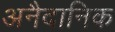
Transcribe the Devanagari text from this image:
अनैदानिक